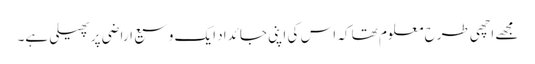
مجھے اچھی طرح معلوم تھا کہ اس کی اپنی جائداد ایک وسیع اراضی پر پھیلی ہے۔